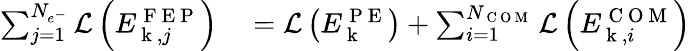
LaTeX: \begin{array}{rl}{\sum_{j=1}^{N_{e^{-}}}\mathcal{L}\left(E_{\mathrm{~k~},j}^{\mathrm{~F~E~P~}}\right)}&{{}=\mathcal{L}\left(E_{\mathrm{~k~}}^{\mathrm{~P~E~}}\right)+\sum_{i=1}^{N_{\mathrm{~C~O~M~}}}\mathcal{L}\left(E_{\mathrm{~k~},i}^{\mathrm{~C~O~M~}}\right)}\end{array}